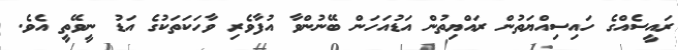
ރައީސެއްގެ ހައިސިއްޔަތުން ރައްޔިތުން އަޑުއަހަން ބޭނުންވާ އުފާވެރި ވާހަކަތަކުގެ އަޑު ނީވޭތީ އެވެ.